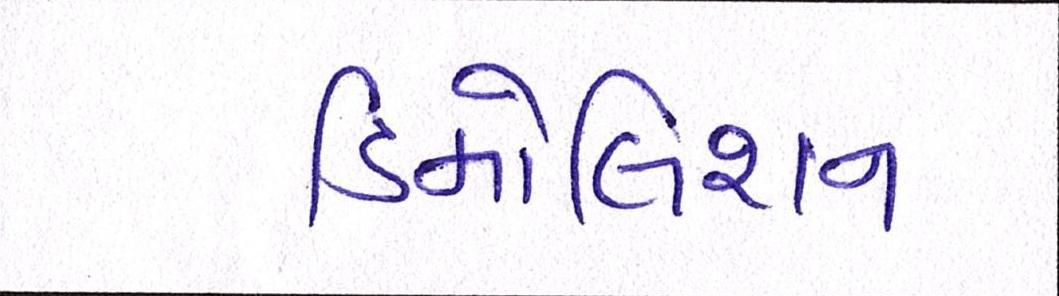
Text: ડિમોલિશન